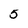
Character: 5